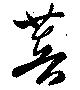
菩